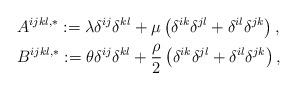
LaTeX: \begin{align*} & A^{ijkl,*}:= \lambda \delta^{ij}\delta^{kl} + \mu\left(\delta^{ik}\delta^{jl} + \delta^{il}\delta^{jk}\right) , \\ & B^{ijkl,*}:= \theta \delta^{ij}\delta^{kl} + \frac{\rho}{2}\left(\delta^{ik}\delta^{jl} + \delta^{il}\delta^{jk}\right) , \end{align*}